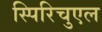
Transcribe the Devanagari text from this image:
स्पिरिचुएल